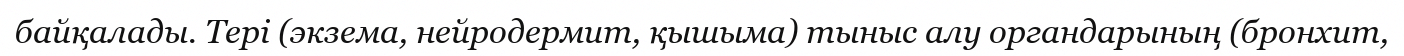
байқалады. Тері (экзема, нейродермит, қышыма) тыныс алу органдарының (бронхит,